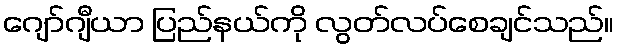
ဂျော်ဂျီယာ ပြည်နယ်ကို လွတ်လပ်စေချင်သည်။